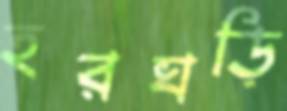
হরঘড়ি